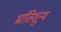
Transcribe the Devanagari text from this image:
भ्रांतिशून्य